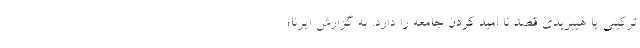
ترکیبی یا هیبریدی قصد نا امید کردن جامعه را دارد. به گزارش ایرنا؛